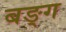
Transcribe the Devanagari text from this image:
बङ्ग